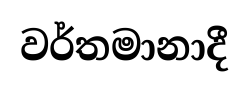
වර්තමානාදී